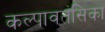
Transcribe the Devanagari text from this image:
कल्पावतंसिका